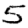
Digit: 5